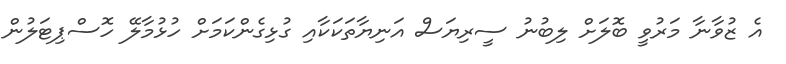
އެ ޒުވާނާ މަރުވީ ބޮލަށް ލިބުނު ސީރިޔަސް އަނިޔާތަކަކާއި ގުޅިގެންކަމަށް ހުޅުމާލޭ ހޮސްޕިޓަލުން